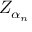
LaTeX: \textstyle Z _ { \alpha _ { n } }